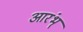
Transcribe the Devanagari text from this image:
आरंभ्